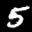
Label: 5